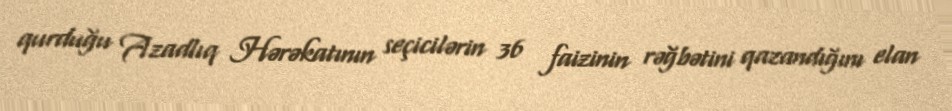
qurduğu Azadlıq Hərəkatının seçicilərin 36 faizinin rəğbətini qazandığını elan